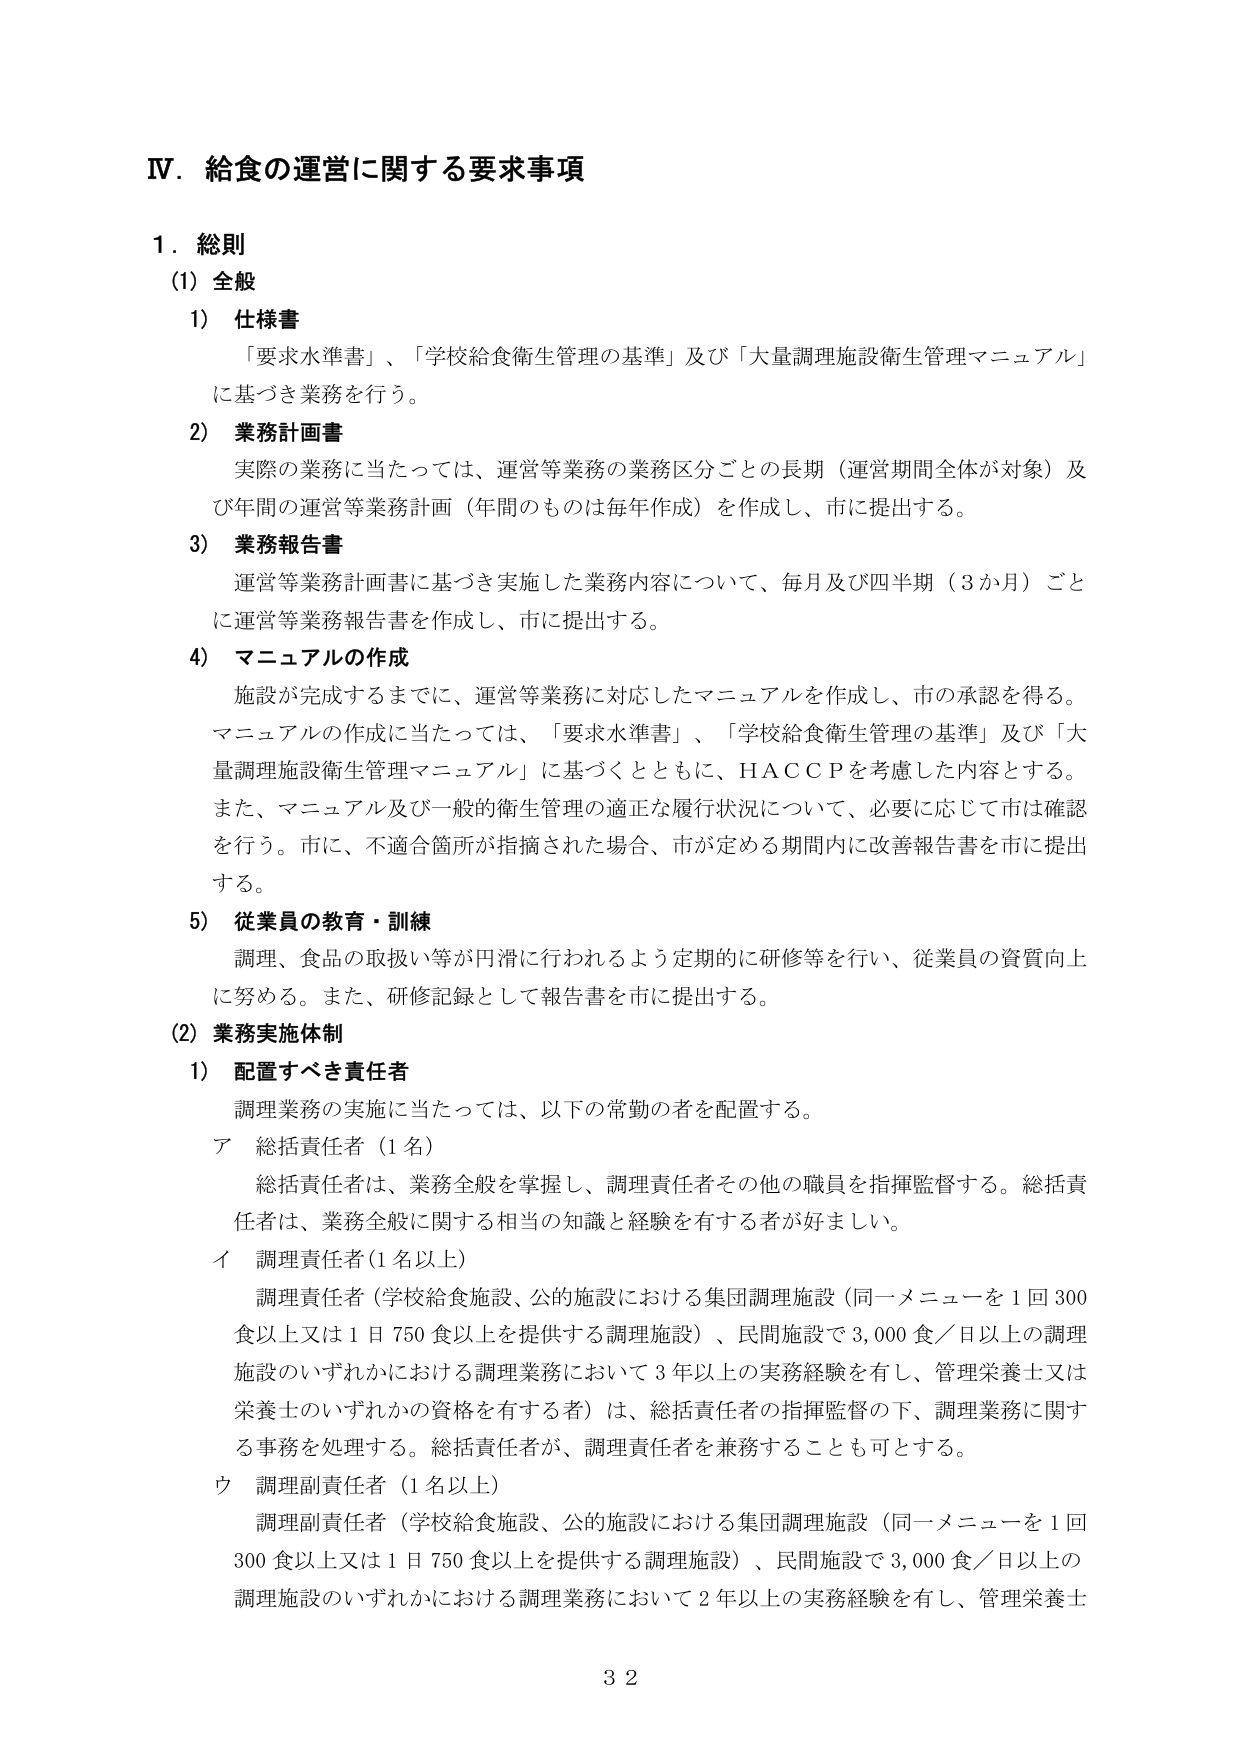
Ⅳ．給食の運営に関する要求事項

１．総則
（1）全般
　1）仕様書
　　「要求水準書」、「学校給食衛生管理の基準」及び「大量調理施設衛生管理マニュアル」
　　に基づき業務を行う。
　2）業務計画書
　　実際の業務に当たっては、運営等業務の業務区分ごとの長期（運営期間全体が対象）及
　　び年間の運営等業務計画（年間のものは毎年作成）を作成し、市に提出する。
　3）業務報告書
　　運営等業務計画書に基づき実施した業務内容について、毎月及び四半期（3か月）ごと
　　に運営等業務報告書を作成し、市に提出する。
　4）マニュアルの作成
　　施設が完成するまでに、運営等業務に対応したマニュアルを作成し、市の承認を得る。
　　マニュアルの作成に当たっては、「要求水準書」、「学校給食衛生管理の基準」及び「大
　　量調理施設衛生管理マニュアル」に基づくとともに、ＨＡＣＣＰを考慮した内容とする。
　　また、マニュアル及び一般的衛生管理の適正な履行状況について、必要に応じて市は確認
　　を行う。市に、不適合箇所が指摘された場合、市が定める期間内に改善報告書を市に提出
　　する。
　5）従業員の教育・訓練
　　調理、食品の取扱い等が円滑に行われるよう定期的に研修等を行い、従業員の資質向上
　　に努める。また、研修記録として報告書を市に提出する。
（2）業務実施体制
　1）配置すべき責任者
　　調理業務の実施に当たっては、以下の常勤の者を配置する。
　　ア　総括責任者（1名）
　　　総括責任者は、業務全般を掌握し、調理責任者その他の職員を指揮監督する。総括責
　　　任者は、業務全般に関する相当の知識と経験を有する者が好ましい。
　　イ　調理責任者（1名以上）
　　　調理責任者（学校給食施設、公的施設における集団調理施設（同一メニューを1回300
　　　食以上又は1日750食以上を提供する調理施設）、民間施設で3,000食／日以上の調理
　　　施設のいずれかにおける調理業務において3年以上の実務経験を有し、管理栄養士又は
　　　栄養士のいずれかの資格を有する者）は、総括責任者の指揮監督の下、調理業務に関す
　　　る事務を処理する。総括責任者が、調理責任者を兼務することも可とする。
　　ウ　調理副責任者（1名以上）
　　　調理副責任者（学校給食施設、公的施設における集団調理施設（同一メニューを1回
　　　300食以上又は1日750食以上を提供する調理施設）、民間施設で3,000食／日以上の
　　　調理施設のいずれかにおける調理業務において2年以上の実務経験を有し、管理栄養士

32